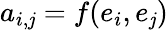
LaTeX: a_{i,\mathit{j}}=f(e_{i},e_{\mathit{j}})